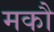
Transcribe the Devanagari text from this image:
मकौ